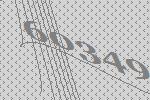
60349